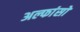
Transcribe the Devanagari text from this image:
अल्फांसो